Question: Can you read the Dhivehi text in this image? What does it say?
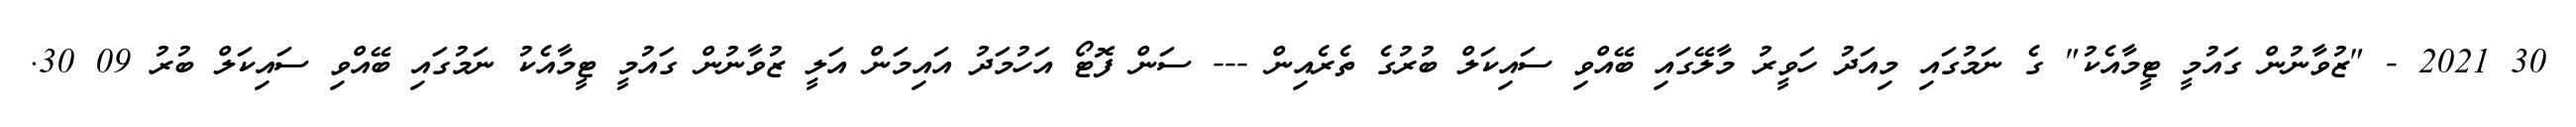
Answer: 30 2021 - "ޒުވާނުން ގައުމީ ޓީމާއެކު" ގެ ނަމުގައި މިއަދު ހަވީރު މާލޭގައި ބޭއްވި ސައިކަލް ބުރުގެ ތެރެއިން --- ސަން ފޮޓޯ އަހުމަދު އައިމަން އަލީ ޒުވާނުން ގައުމީ ޓީމާއެކު ނަމުގައި ބޭއްވި ސައިކަލް ބުރު 09 30.